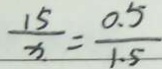
\frac { 1 5 } { x } = \frac { 0 . 5 } { 1 . 5 }